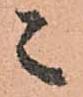
々